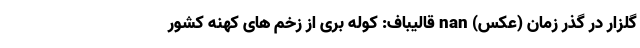
گلزار در گذر زمان (عکس) nan قالیباف: کوله‌ بری از زخم‌ های کهنه کشور